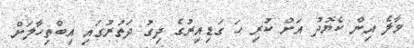
މާލެ އިން ކެޔޮދު އަށް ކުރި ހަ ގަޑިއިރުގެ ދިގު ދަތުރުގައި އިބްތިހާލަށް